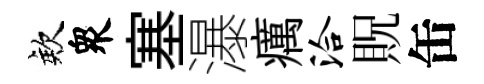
欸衆塞瀑癘洽貺缶